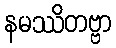
နမဿိတဗ္ဗာ